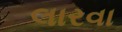
લારવા